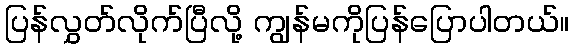
ပြန်လွှတ်လိုက်ပြီလို့ ကျွန်မကိုပြန်ပြောပါတယ်။